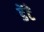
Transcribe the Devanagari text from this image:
डेंटे